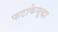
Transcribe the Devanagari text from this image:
फटाकेसुद्धा